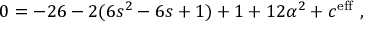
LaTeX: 0 = - 2 6 - 2 ( 6 s ^ { 2 } - 6 s + 1 ) + 1 + 1 2 \alpha ^ { 2 } + c ^ { \mathrm { e f f } } \ ,